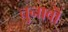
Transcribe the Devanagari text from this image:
चुनावॊं